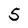
Character: 5